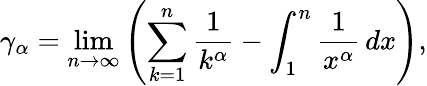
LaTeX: \gamma_{\alpha}=\operatorname*{lim}_{n\to\infty}\left(\sum_{k=1}^{n}{\frac{1}{k^{\alpha}}}-\int_{1}^{n}{\frac{1}{x^{\alpha}}}\, dx\right),